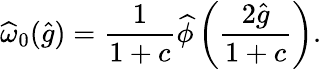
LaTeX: \widehat{\omega}_{0}(\widehat{g})=\frac{1}{1+c}\widehat{\phi}\left(\frac{2\widehat{g}}{1+c}\right).